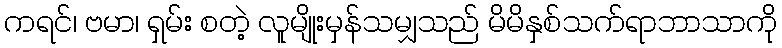
ကရင်၊ ဗမာ၊ ရှမ်း စတဲ့ လူမျိုးမှန်သမျှသည် မိမိနှစ်သက်ရာဘာသာကို